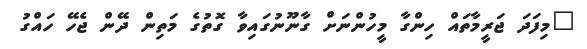
"މިފަދަ ޖަރީމާތައް ހިންގާ މީހުންނަށް ގާނޫނުގައިވާ ގޮތުގެ މަތިން ދޭން ޖެހޭ ހައްގު